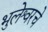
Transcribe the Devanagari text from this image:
भुलेश्वरचे